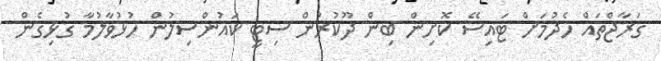
ގަރާޖްތައް ހެދުމަށް ޓައިސޭ ކޮށިން ބިން ދޫކުރުން ސިޓީ ކައުންސިލުން ހުޅުވާލުމާ ގުޅިގެން